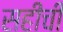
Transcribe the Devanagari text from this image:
सहीची